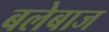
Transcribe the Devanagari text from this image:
बलेबाज